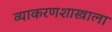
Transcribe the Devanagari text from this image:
व्याकरणशास्त्राला